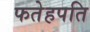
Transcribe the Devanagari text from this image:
फतेहपति